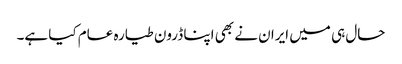
حال ہی میں ایران نے بھی اپنا ڈرون طیارہ عام کیا ہے۔